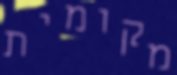
מקומית